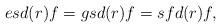
LaTeX: \begin{align*} esd(r)f=gsd(r)f=sfd(r)f,\end{align*}